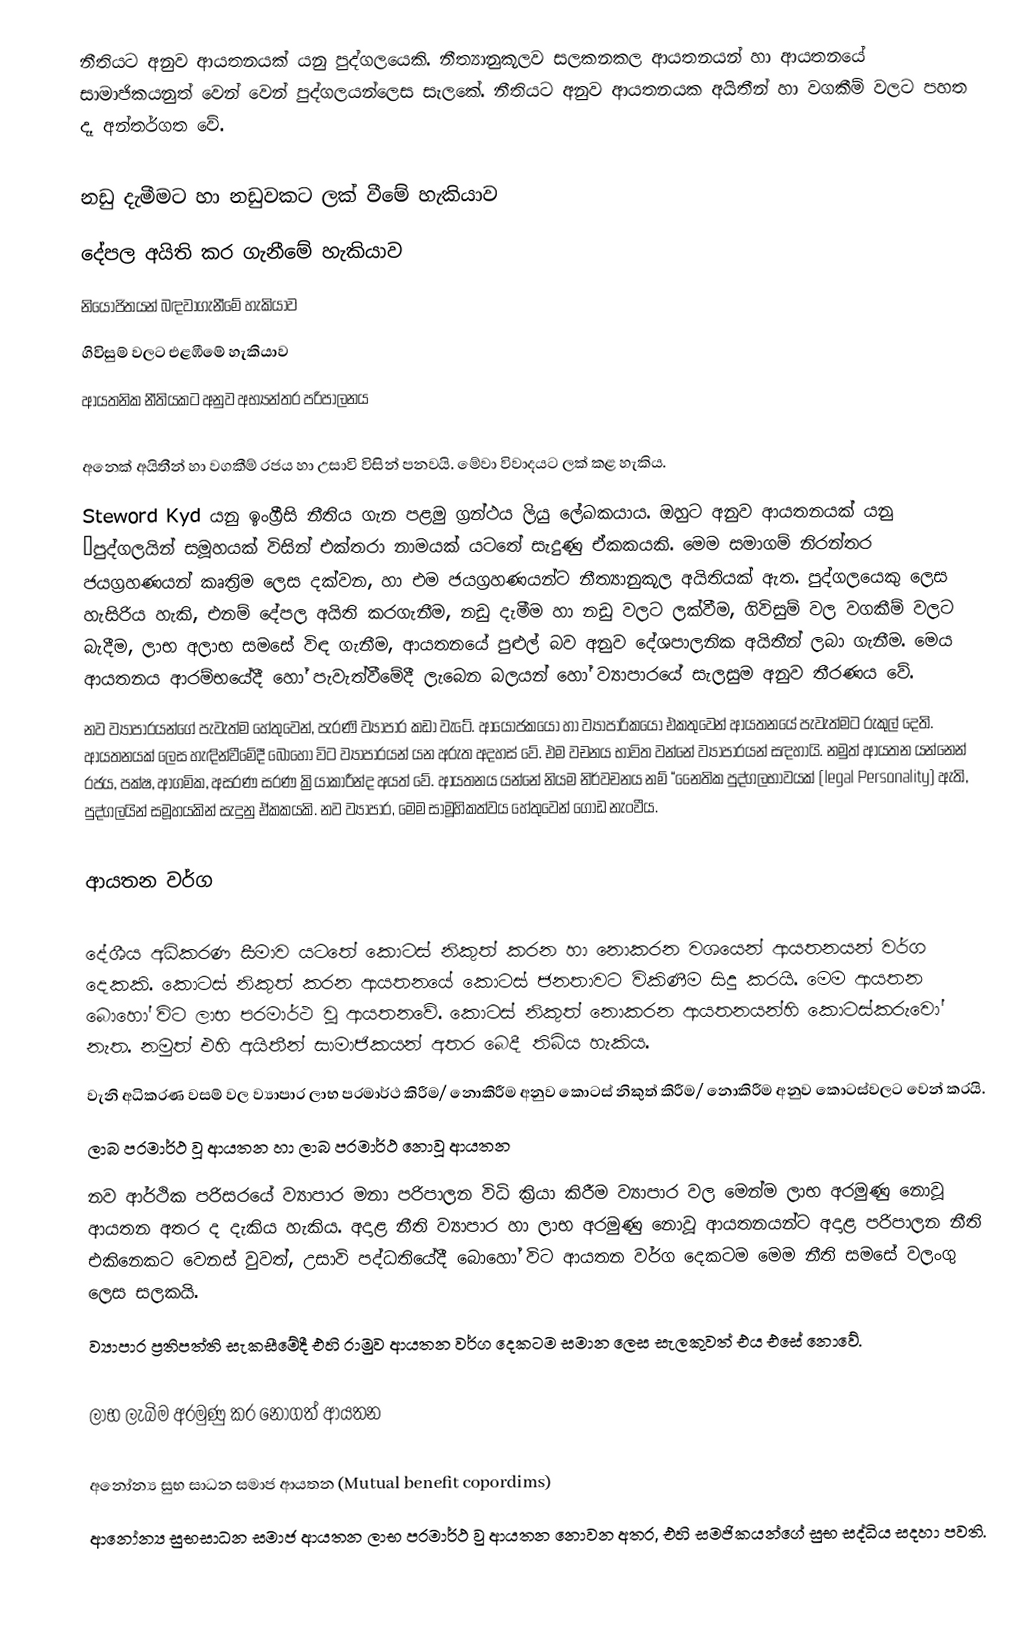
නීතියට අනුව ආයතනයක් යනු පුද්ගලයෙකි.  නීත්‍යානුකූලව සලකනකල ආයතනයන් හා ආයතනයේ සාමාජිකයනුත් වෙන් වෙන් පුද්ගලයන්ලෙස සැලකේ.  නීතියට අනුව ආයතනයක අයිතීන් හා වගකීම් වලට පහත දෑ අන්තර්ගත වේ.

නඩු දැමීමට හා නඩුවකට ලක් වීමේ හැකියාව
දේපල අයිති කර ගැනීමේ හැකියාව
නියෝජිතයන් බඳවාගැනීමේ හැකියාව
ගිවිසුම් වලට එළඹීමේ හැකියාව
ආයතනික නීතියකට අනුව අභ්‍යන්තර පරිපාලනය

අනෙක් අයිතීන් හා වගකීම් රජය හා උසාවි විසින් පනවයි.  මේවා විවාදයට ලක් කළ හැකිය.
Steword Kyd යනු ඉංග්‍රීසි නීතිය ගැන පළමු ග්‍රන්ථය ලියු ලේඛකයාය.  ඔහුට අනුව ආයතනයක් යනු “පුද්ගලයින් සමූහයක් විසින් එක්තරා නාමයක් යටතේ සැදුණු ඒකකයකි. මෙම සමාගම් නිරන්තර ජයග්‍රහණයන් කෘත්‍රිම ලෙස දක්වන, හා එම ජයග්‍රහණයන්ට නීත්‍යානුකූල අයිතියක් ඇත.  පුද්ගලයෙකු ලෙස හැසිරිය හැකි, එනම් දේපල අයිති කරගැනීම, නඩු දැමීම හා නඩු වලට ලක්වීම, ගිවිසුම් වල වගකීම් වලට බැදීම, ලාභ අලාභ සමසේ විඳ  ගැනීම, ආයතනයේ පුළුල් බව අනුව දේශපාලනික අයිතීන් ලබා ගැනීම.  මෙය ආයතනය ආරම්භයේදී හෝ පැවැත්වීමේදී ලැබෙන බලයන් හෝ ව්‍යාපාරයේ සැලසුම අනුව තීරණය වේ.
නව ව්‍යාපාරයන්ගේ පැවැත්ම හේතුවෙන්,  පැරණි ව්‍යාපාර කඩා වැටේ.  ආයෝජකයෝ හා ව්‍යාපාරිකයෝ එකතුවෙන් ආයතනයේ පැවැත්මට රුකුල් දෙති.  ආයතනයක් ලෙස හැඳින්වීමේදී බොහෝ විට ව්‍යාපාරයන් යන අරුත අදහස් වේ.  එම වචනය භාවිත වන්නේ ව්‍යාපාරයන් සඳහායි.  නමුත් ආයතන යන්නෙන් රජය, පක්ෂ, ආගමික, අසරණ සරණ ක්‍රියාකාරීන්ද අයත් වේ.  ආයතනය යන්නේ නියම නිර්වචනය නම් “නෛතික පුද්ගලභාවයක් (legal Personality) ඇති, පුද්ගලයින් සමූහයකින් සැදුනු ඒකකයකි.  නව ව්‍යාපාර, මෙම සාමූහිකත්වය හේතුවෙන් ගොඩ නැංවීය.

ආයතන වර්ග

දේශීය අධිකරණ සීමාව යටතේ කොටස් නිකුත් කරන හා නොකරන වශයෙන් ආයතනයන් වර්ග දෙකකි.  කොටස් නිකුත් කරන ආයතනයේ කොටස් ජනතාවට විකිණීම සිදු කරයි.  මෙම ආයතන බොහෝ විට ලාභ පරමාර්ථ වූ ආයතනවේ.  කොටස් නිකුත් නොකරන ආයතනයන්හි කොටස්කරුවෝ නැත.  නමුත් එහි අයිතීන් සාමාජිකයන් අතර බෙදී තිබිය හැකිය.
වැනි අධිකරණ වසම් වල ව්‍යාපාර ලාභ පරමාර්ථ කිරීම/ නොකිරීම අනුව කොටස් නිකුත් කිරීම/ නොකිරීම අනුව කොටස්වලට වෙන් කරයි.
ලාබ පරමාර්ථ වූ ආයතන හා ලාබ පරමාර්ථ නොවූ ආයතන
නව ආර්ථික පරිසරයේ ව්‍යාපාර මනා පරිපාලන විධි ක්‍රියා කිරීම ව්‍යාපාර වල මෙන්ම ලාභ අරමුණු නොවූ ආයතන අතර ද දැකිය හැකිය. අදාළ නීති ව්‍යාපාර හා ලාභ අරමුණු නොවූ ආයතනයන්ට අදාළ පරිපාලන නීති එකිනෙකට වෙනස් වුවත්, උසාවි පද්ධතියේදී බොහෝ විට ආයතන වර්ග දෙකටම මෙම නීති සමසේ වලංගු ලෙස සලකයි.
ව්‍යාපාර ප්‍රතිපත්ති සැකසීමේදී එහි රාමුව ආයතන වර්ග දෙකටම සමාන ලෙස සැලකුවත් එය එසේ ‍නොවේ.

ලාභ ලැබිම අරමුණු කර නොගත් ආයතන

අනෝන්‍ය සුභ සාධන සමාජ ආයතන (Mutual benefit copordims)
ආනෝන්‍ය සුභසාධන සමාජ ආයතන ලාභ පරමාර්ථ වු ආයතන නොවන අතර, එහි සමජිකයන්ගේ සුභ සද්ධිය සදහා පවති.